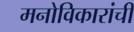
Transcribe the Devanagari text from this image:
मनोविकारांची